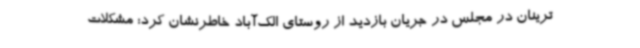
ترینان در مجلس در جریان بازدید از روستای الک‌آباد خاطرنشان کرد: مشکلات